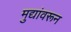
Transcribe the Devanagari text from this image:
मुद्यांवरून